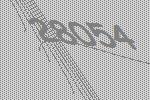
28054